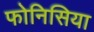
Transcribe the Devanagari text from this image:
फोनिसिया